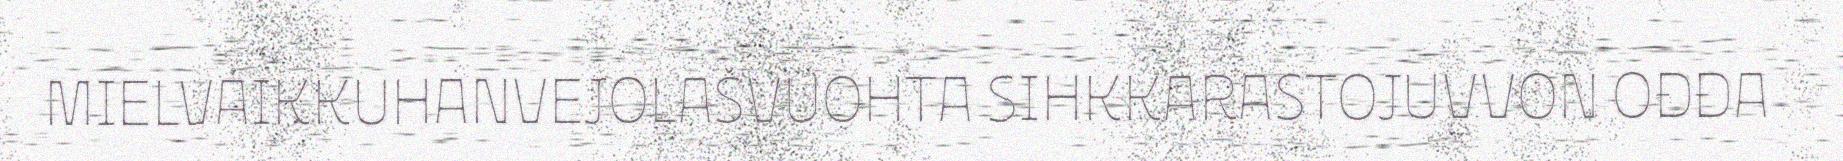
MIELVÁIKKUHANVEJOLAŠVUOHTA SIHKKARASTOJUVVON OĐĐA